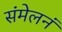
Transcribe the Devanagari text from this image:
संमेलनं